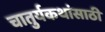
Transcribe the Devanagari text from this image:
चातुर्यकथांसाठी